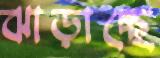
ঝাড়াচ্ছে